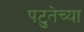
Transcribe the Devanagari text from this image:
पटुतेच्या